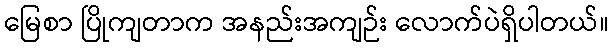
မြေစာ ပြိုကျတာက အနည်းအကျဉ်း လောက်ပဲရှိပါတယ်။